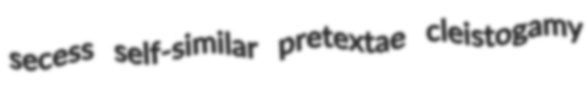
secess self-similar pretextae cleistogamy